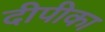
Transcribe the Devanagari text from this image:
दीपीका